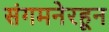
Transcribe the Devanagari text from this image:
संगमनेरहून